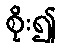
စိုး၍